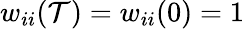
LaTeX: w_{ii}(\mathcal{T})=w_{ii}(0)=1